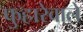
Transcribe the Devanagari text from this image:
फुहारेवाले